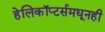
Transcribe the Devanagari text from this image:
हेलिकॉप्टर्समधूनही